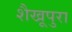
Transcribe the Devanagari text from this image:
शैखूपुरा